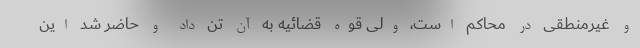
و غیرمنطقی در محاکم است، ولی قوه قضائیه به آن تن داد و حاضر شد این